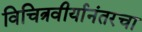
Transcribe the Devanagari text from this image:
विचित्रवीर्यानंतरचा